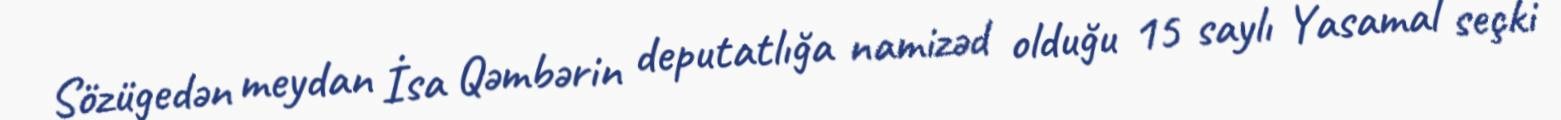
Sözügedən meydan İsa Qəmbərin deputatlığa namizəd olduğu 15 saylı Yasamal seçki